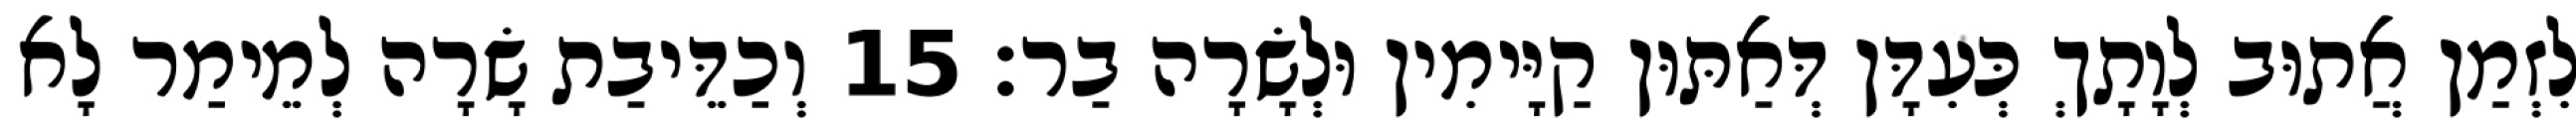
לִזְמַן אֲתוּב לְוָתָךְ כְּעִדָּן דְּאַתּוּן קַיָּימִין וּלְשָׂרָה בַר׃ 15 וְכַדֵּיבַת שָׂרָה לְמֵימַר לָא